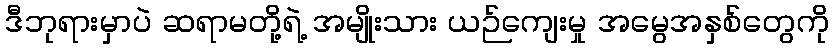
ဒီဘုရားမှာပဲ ဆရာမတို့ရဲ့ အမျိုးသား ယဉ်ကျေးမှု အမွေအနှစ်တွေကို